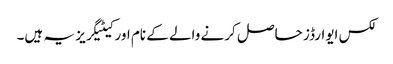
لکس ایوارڈز حاصل کرنے والے کے نام اور کیٹیگریز یہ ہیں۔